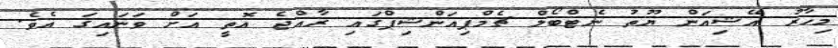
މިހާރު އޭޝިއަން ޔޫތު ނެޓްބޯލް ޗެމްޕިއަންޝިޕްގައި ރާއްޖެ އޮތީ އަށް ވަނައިގަ އެވެ.